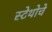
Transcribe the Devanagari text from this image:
स्टेथोचे